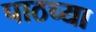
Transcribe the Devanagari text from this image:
पाठच्या